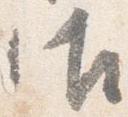
御